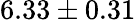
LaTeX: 6.33\pm 0.31